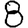
Digit: 8